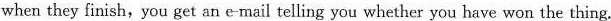
when they finish,you get an e-mail telling you whether you have won the thing.